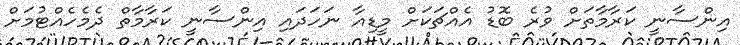
އިންސާނީ ކަރާމާތަށް ވުރެ ބޮޑު އެއްޗަކަށް މީޑިއާ ނަހަދައި އިންސާނީ ކަރާމާތް ދެމެހެއްޓުމަށް